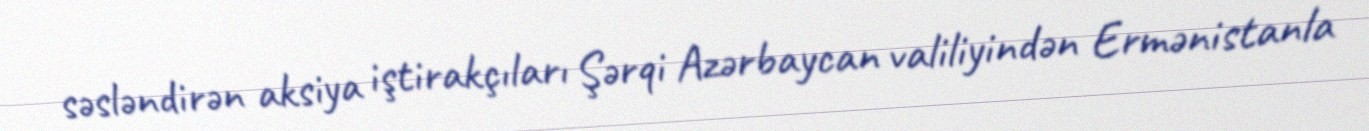
səsləndirən aksiya iştirakçıları Şərqi Azərbaycan valiliyindən Ermənistanla